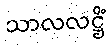
သာလလဋ္ဌိံ